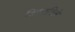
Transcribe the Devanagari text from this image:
विस्तरिले